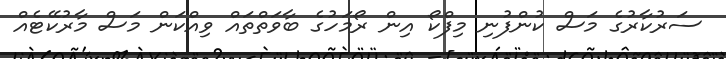
ސަރުކާރުގެ މަސް ކުންފުނި މިފްކޯ އިން ރޯމަހުގެ ބާވަތްތައް ވިއްކަން މަސް މާރުކޭޓެއް